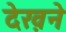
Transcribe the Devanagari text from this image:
देख़ने